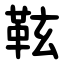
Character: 䩙